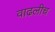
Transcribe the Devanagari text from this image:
वाढलीच